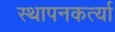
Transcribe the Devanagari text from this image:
स्थापनकर्त्या